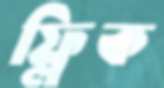
ফ্লিক